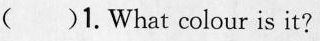
( )1. What colour is it?